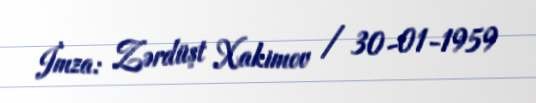
İmza: Zərdüşt Xakimov / 30-01-1959